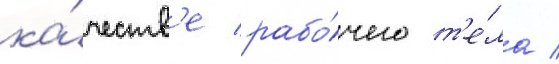
ка́честв'е рабо́чего т'е́ла /